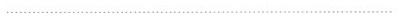
----------------